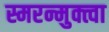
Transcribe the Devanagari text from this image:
स्मरन्मुक्त्वा